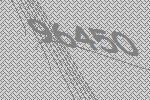
96450